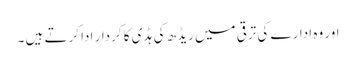
اور وہ ادارے کی ترقی میں ریڈھ کی ہڈی کا کردار ادا کرتے ہیں ۔